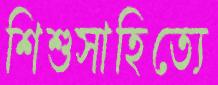
শিশুসাহিত্যে